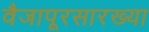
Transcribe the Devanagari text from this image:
वैजापूरसारख्या